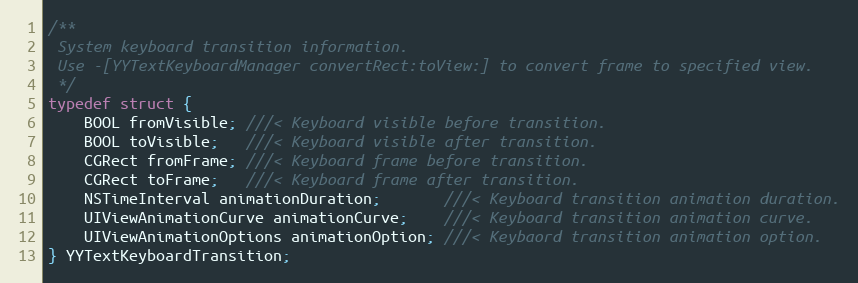
Language: C
/**
 System keyboard transition information.
 Use -[YYTextKeyboardManager convertRect:toView:] to convert frame to specified view.
 */
typedef struct {
    BOOL fromVisible; ///< Keyboard visible before transition.
    BOOL toVisible;   ///< Keyboard visible after transition.
    CGRect fromFrame; ///< Keyboard frame before transition.
    CGRect toFrame;   ///< Keyboard frame after transition.
    NSTimeInterval animationDuration;       ///< Keyboard transition animation duration.
    UIViewAnimationCurve animationCurve;    ///< Keyboard transition animation curve.
    UIViewAnimationOptions animationOption; ///< Keybaord transition animation option.
} YYTextKeyboardTransition;